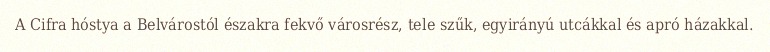
A Cifra hóstya a Belvárostól északra fekvő városrész, tele szűk, egyirányú utcákkal és apró házakkal.